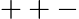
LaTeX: ++-